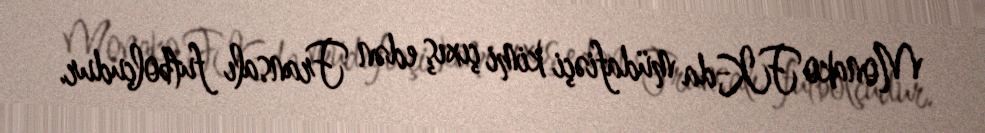
Monako FK-da müdafiəçi kimi çıxış edən Fransalı futbolçudur.